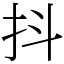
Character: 抖